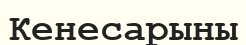
Кенесарыны